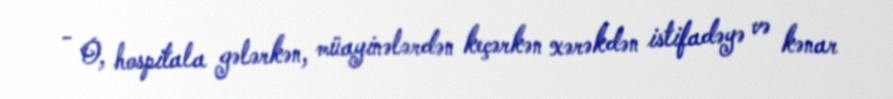
- O, hospitala gələrkən, müayinələrdən keçərkən xərəkdən istifadəyə və kənar